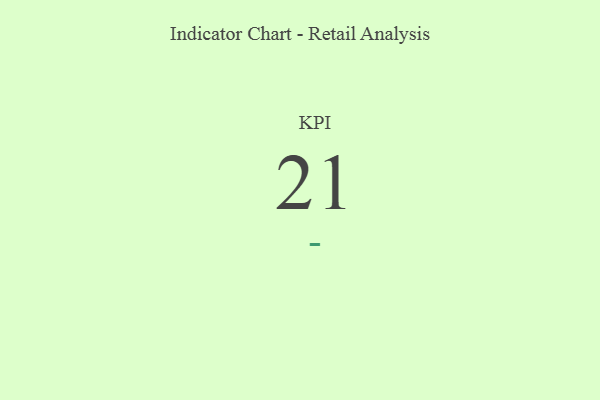
{"axis": {"x": "KPI", "y": "Value"}, "legend": [""], "data": [{"x": "KPI", "y": 21, "type": ""}]}